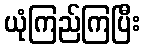
ယုံကြည်ကြပြီး